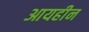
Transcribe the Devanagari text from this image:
आयहीन